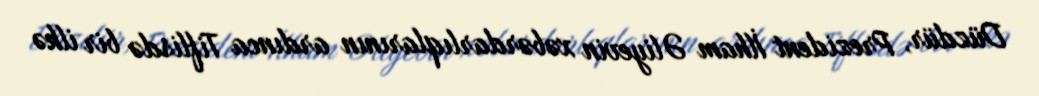
Düzdür, Prezident İlham Əliyevin xəbərdarlıqlarının ardınca Tiflisdə bir ilkə